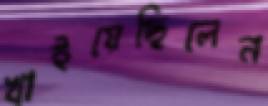
খাইয়েছিলেন